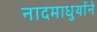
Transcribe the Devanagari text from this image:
नादमाधुर्याने